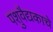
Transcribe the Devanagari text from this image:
पशुवैद्यकाचे